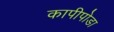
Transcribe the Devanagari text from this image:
कापीपोडा